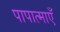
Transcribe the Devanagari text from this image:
पापात्माएँ